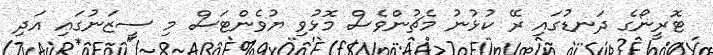
ޓޮރީނޯގެ ދަނޑުގައި ރޭ ކުޅުނު މެޗުންވެސް މޮޅުވި ޔުވެންޓަސް މި ސީޒަނުގައި އަދި